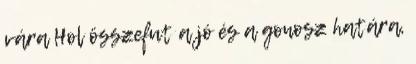
vára Hol összefut a jó és a gonosz határa,